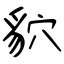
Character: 貁